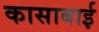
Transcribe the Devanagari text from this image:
कासाबाई